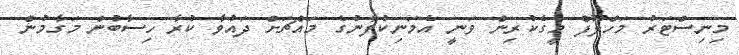
މިނިސްޓަރު މަހްލޫފް މީގެކުރިން ވަނީ އެމަނިކުފާނުގެ މައްޗަށް ދައުވާ ކުރާ ހިސާބުން މަގާމުން